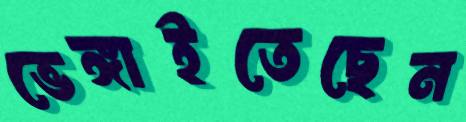
ভেঙ্গাইতেছেন